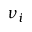
\nu _ { i }